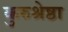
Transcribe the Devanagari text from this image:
कुरुश्रेष्ठा